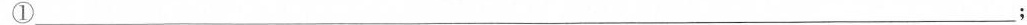
①___；